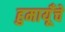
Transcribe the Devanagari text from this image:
हुमायूँचे